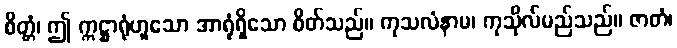
စိတ္တံ၊ ဤ ဣဋ္ဌာရုံဟူသော အာရုံရှိသော စိတ်သည်။ ကုသလံနာမ၊ ကုသိုလ်မည်သည်။ ဇာတံ၊